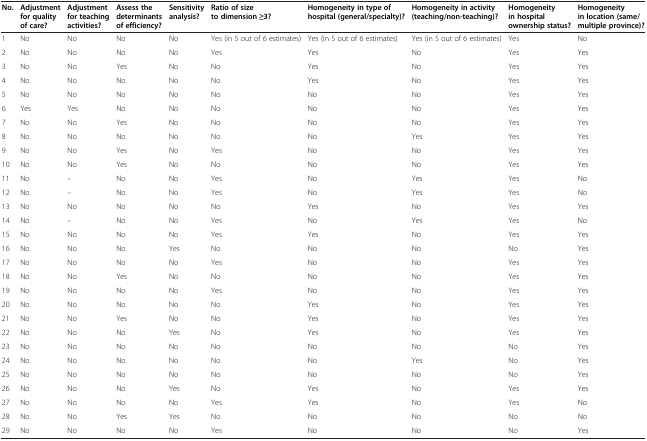
<table><thead><tr><td><b>No.</b></td><td><b>Adjustment for quality of care?</b></td><td><b>Adjustment for teaching activities?</b></td><td><b>Assess the determinants of efficiency?</b></td><td><b>Sensitivity analysis?</b></td><td><b>Ratio of size to dimension ≥3?</b></td><td><b>Homogeneity in type of hospital (general/specialty)?</b></td><td><b>Homogeneity in activity (teaching/non-teaching)?</b></td><td><b>Homogeneity in hospital ownership status?</b></td><td><b>Homogeneity in location (same/multiple province)?</b></td></tr></thead><tbody><tr><td>1</td><td>No</td><td>No</td><td>No</td><td>No</td><td>Yes (in 5 out of 6 estimates)</td><td>Yes (in 5 out of 6 estimates)</td><td>Yes (in 5 out of 6 estimates)</td><td>Yes</td><td>No</td></tr><tr><td>2</td><td>No</td><td>No</td><td>No</td><td>No</td><td>Yes</td><td>Yes</td><td>No</td><td>Yes</td><td>Yes</td></tr><tr><td>3</td><td>No</td><td>No</td><td>Yes</td><td>No</td><td>No</td><td>Yes</td><td>No</td><td>Yes</td><td>Yes</td></tr><tr><td>4</td><td>No</td><td>No</td><td>No</td><td>No</td><td>No</td><td>Yes</td><td>No</td><td>Yes</td><td>Yes</td></tr><tr><td>5</td><td>No</td><td>No</td><td>No</td><td>No</td><td>No</td><td>No</td><td>No</td><td>Yes</td><td>Yes</td></tr><tr><td>6</td><td>Yes</td><td>Yes</td><td>No</td><td>No</td><td>No</td><td>No</td><td>No</td><td>Yes</td><td>Yes</td></tr><tr><td>7</td><td>No</td><td>No</td><td>Yes</td><td>No</td><td>No</td><td>No</td><td>No</td><td>Yes</td><td>Yes</td></tr><tr><td>8</td><td>No</td><td>No</td><td>No</td><td>No</td><td>No</td><td>No</td><td>Yes</td><td>Yes</td><td>Yes</td></tr><tr><td>9</td><td>No</td><td>No</td><td>Yes</td><td>No</td><td>Yes</td><td>No</td><td>No</td><td>Yes</td><td>Yes</td></tr><tr><td>10</td><td>No</td><td>No</td><td>Yes</td><td>No</td><td>No</td><td>No</td><td>No</td><td>Yes</td><td>Yes</td></tr><tr><td>11</td><td>No</td><td>–</td><td>No</td><td>No</td><td>Yes</td><td>No</td><td>Yes</td><td>Yes</td><td>No</td></tr><tr><td>12</td><td>No</td><td>–</td><td>No</td><td>No</td><td>Yes</td><td>No</td><td>Yes</td><td>Yes</td><td>No</td></tr><tr><td>13</td><td>No</td><td>No</td><td>No</td><td>No</td><td>No</td><td>Yes</td><td>No</td><td>Yes</td><td>Yes</td></tr><tr><td>14</td><td>No</td><td>–</td><td>No</td><td>No</td><td>Yes</td><td>No</td><td>Yes</td><td>Yes</td><td>No</td></tr><tr><td>15</td><td>No</td><td>No</td><td>No</td><td>No</td><td>Yes</td><td>Yes</td><td>No</td><td>Yes</td><td>Yes</td></tr><tr><td>16</td><td>No</td><td>No</td><td>No</td><td>Yes</td><td>No</td><td>No</td><td>No</td><td>No</td><td>Yes</td></tr><tr><td>17</td><td>No</td><td>No</td><td>No</td><td>No</td><td>Yes</td><td>No</td><td>No</td><td>Yes</td><td>Yes</td></tr><tr><td>18</td><td>No</td><td>No</td><td>Yes</td><td>No</td><td>No</td><td>No</td><td>No</td><td>Yes</td><td>Yes</td></tr><tr><td>19</td><td>No</td><td>No</td><td>No</td><td>No</td><td>Yes</td><td>No</td><td>No</td><td>Yes</td><td>Yes</td></tr><tr><td>20</td><td>No</td><td>No</td><td>No</td><td>No</td><td>No</td><td>Yes</td><td>No</td><td>Yes</td><td>Yes</td></tr><tr><td>21</td><td>No</td><td>No</td><td>Yes</td><td>No</td><td>No</td><td>Yes</td><td>No</td><td>Yes</td><td>Yes</td></tr><tr><td>22</td><td>No</td><td>No</td><td>No</td><td>Yes</td><td>No</td><td>Yes</td><td>No</td><td>Yes</td><td>Yes</td></tr><tr><td>23</td><td>No</td><td>No</td><td>No</td><td>No</td><td>No</td><td>No</td><td>No</td><td>No</td><td>Yes</td></tr><tr><td>24</td><td>No</td><td>No</td><td>No</td><td>No</td><td>No</td><td>No</td><td>Yes</td><td>No</td><td>Yes</td></tr><tr><td>25</td><td>No</td><td>No</td><td>No</td><td>No</td><td>No</td><td>No</td><td>No</td><td>No</td><td>Yes</td></tr><tr><td>26</td><td>No</td><td>No</td><td>No</td><td>Yes</td><td>No</td><td>Yes</td><td>No</td><td>Yes</td><td>Yes</td></tr><tr><td>27</td><td>No</td><td>No</td><td>No</td><td>No</td><td>Yes</td><td>Yes</td><td>No</td><td>Yes</td><td>No</td></tr><tr><td>28</td><td>No</td><td>No</td><td>Yes</td><td>Yes</td><td>No</td><td>No</td><td>No</td><td>No</td><td>No</td></tr><tr><td>29</td><td>No</td><td>No</td><td>No</td><td>No</td><td>Yes</td><td>No</td><td>No</td><td>No</td><td>Yes</td></tr></tbody></table>